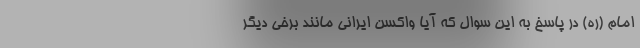
امام (ره) در پاسخ به این سوال که آیا واکسن ایرانی مانند برخی دیگر